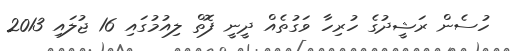
ހުސެން ރަޝީދުގެ ހުރިހާ ވަގުތެއް ދީނީ ފޮތް ލިއުމުގައި 16 ޖުލައި 2013